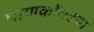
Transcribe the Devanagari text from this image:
पाणकोंबडया